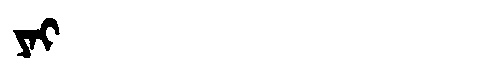
Manchu: ᠶᠠᡳ
Romanization: YAI